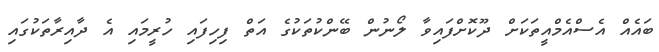
ބައެއް އެސްއެމްއީތަކަށް ދޫކޮށްފައިވާ ލޯނުން ބޭންކުތަކުގެ އަތް ފިހިފައި ހުރީމައި އެ ދާއިރާތަކުގައި